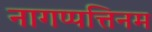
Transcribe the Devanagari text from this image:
नागप्पत्तिनम